Civil Veterinary Department Bihar & Orissa reports 1929-36 - 1929-1936
Year: 1929
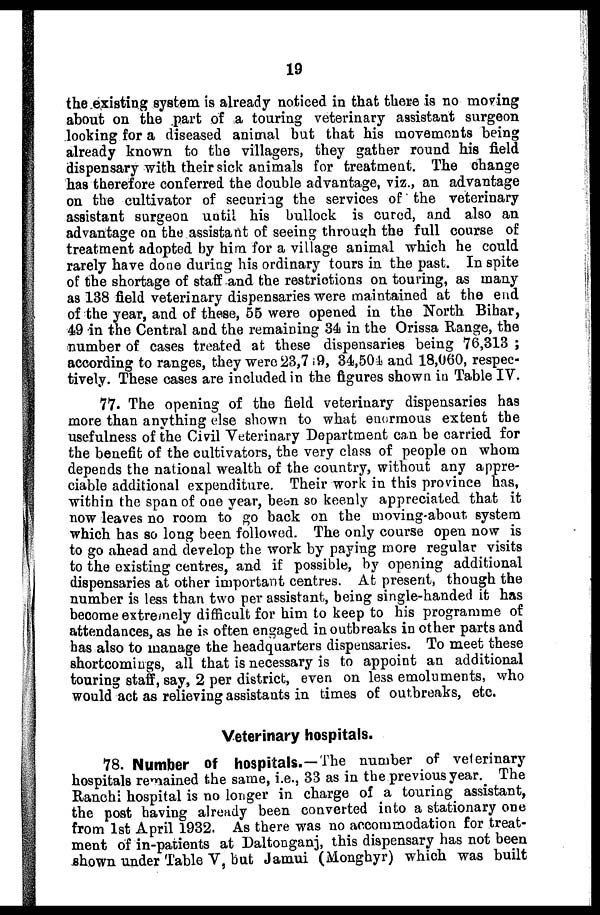
19
the existing system is already noticed in that there is no moving
about on the part of a touring veterinary assistant surgeon
looking for a diseased animal but that his movements being
already known to the villagers, they gather round his field
dispensary with their sick animals for treatment. The change
has therefore conferred the double advantage, viz., an advantage
on the cultivator of securing the services of the veterinary
assistant surgeon until his bullock is cured, and also an
advantage on the assistant of seeing through the full course of
treatment adopted by him for a village animal which he could
rarely have done during his ordinary tours in the past. In spite
of the shortage of staff and the restrictions on touring, as many
as 138 field veterinary dispensaries were maintained at the end
of the year, and of these, 55 were opened in the North Bihar,
49 in the Central and the remaining 34 in the Orissa Range, the
number of cases treated at these dispensaries being 76,313 ;
according to ranges, they were 23,719, 34,504 and 18,060, respec-
tively. These cases are included in the figures shown in Table IV.
77. The opening of the field veterinary dispensaries has
more than anything else shown to what enormous extent the
usefulness of the Civil Veterinary Department can be carried for
the benefit of the cultivators, the very class of people on whom
depends the national wealth of the country, without any appre-
ciable additional expenditure. Their work in this province has,
within the span of one year, been so keenly appreciated that it
now leaves no room to go back on the moving-about system
which has so long been followed. The only course open now is
to go ahead and develop the work by paying more regular visits
to the existing centres, and if possible, by opening additional
dispensaries at other important centres. At present, though the
number is less than two per assistant, being single-handed it has
become extremely difficult for him to keep to his programme of
attendances, as he is often engaged in outbreaks in other parts and
has also to manage the headquarters dispensaries. To meet these
shortcomings, all that is necessary is to appoint an additional
touring staff, say, 2 per district, even on less emoluments, who
would act as relieving assistants in times of outbreaks, etc.
Veterinary hospitals.
78. Number of hospitals.—The number of veterinary
hospitals remained the same, i.e., 33 as in the previous year. The
Ranchi hospital is no longer in charge of a touring assistant,
the post having already been converted into a stationary one
from 1st April 1932. As there was no accommodation for treat-
ment of in-patients at Daltonganj, this dispensary has not been
shown under Table V, but Jamui (Monghyr) which was built